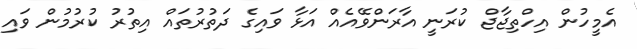
އެމީހުން އިހްތިޖާޖް ކުރަނީ އާރަންވޭއެއް އަޅާ ވައިގެ ދަތުރުތައް އިތުރު ކުރުމުން ވައި